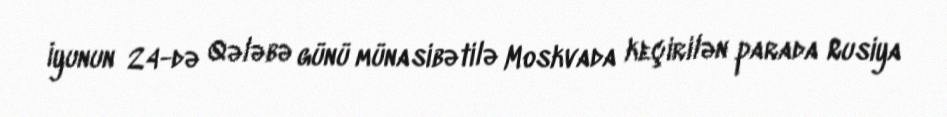
İyunun 24-də Qələbə günü münasibətilə Moskvada keçirilən parada Rusiya